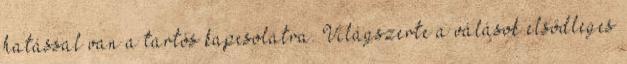
hatással van a tartós kapcsolatra. Világszerte a válások elsődleges